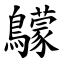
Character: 䴌